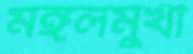
মঙ্গলমুখী